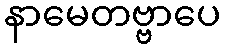
နာမေတဗ္ဗာပေ